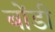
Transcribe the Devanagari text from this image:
बोंडी